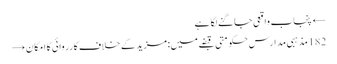
← پنجاب واقعی جاگنے لگا ہے
182 مذہبی مدارس حکومتی قبضے میں: مزید کے خلاف کارروائی کا امکان →